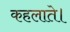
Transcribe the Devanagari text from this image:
कहलाते।